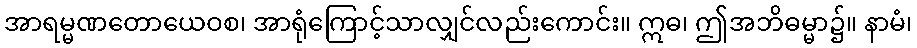
အာရမ္မဏတောယေဝစ၊ အာရုံကြောင့်သာလျှင်လည်းကောင်း။ ဣဓ၊ ဤအဘိဓမ္မာ၌။ နာမံ၊